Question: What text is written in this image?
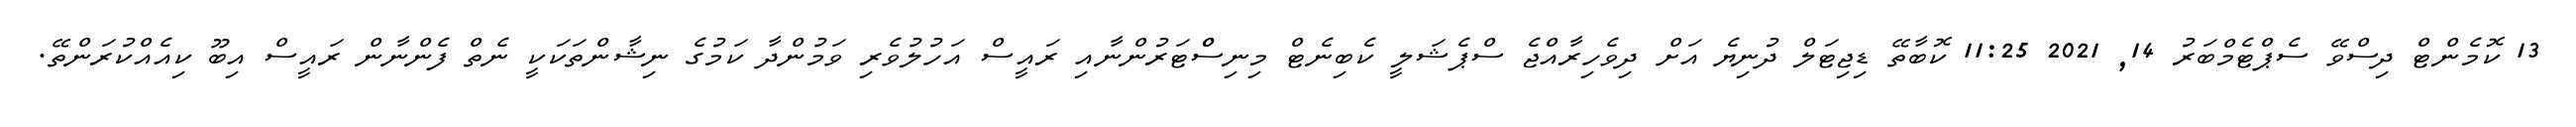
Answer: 13 ކޮމެންޓް ދިސްވޭ ސެޕްޓެމްބަރު 14, 2021 11:25 ކޮބާތޭ ޑިޖިޓަލް ދުނިޔެ އަށް ދިވެހިރާއްޖެ ސްޕެޝަލީ ކެބިނެޓް މިނިސްްޓަރުންނާއި ރައީސް އަހުލުވެރި ވަމުންދާ ކަމުގެ ނިޝާންތަކަކީ ނެތް ފެންނާން ރައީސް އިބޫ ކިއެއްކުރަންތޭ.